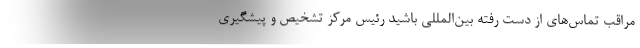
مراقب تماس‌های از دست رفته بین‌المللی باشید رئیس مرکز تشخیص ‌و پیشگیری